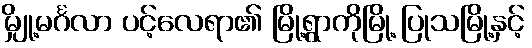
မျှို့မင်္ဂလာ ပင့်လေရာ၏ မြို့ရွာကိုမြို့ ပြုသမြို့နှင့်